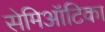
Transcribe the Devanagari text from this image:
सेमिऑटिका